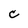
Character: c